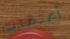
أعتقدت